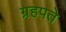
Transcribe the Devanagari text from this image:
ग्रहपते